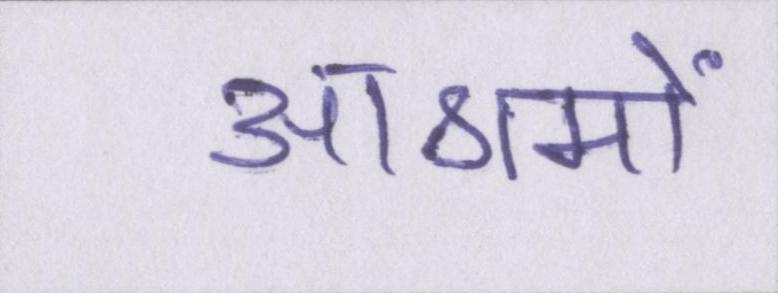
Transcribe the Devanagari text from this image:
आश्रमों